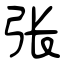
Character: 张